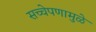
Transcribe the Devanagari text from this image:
सच्चेपणामुळे